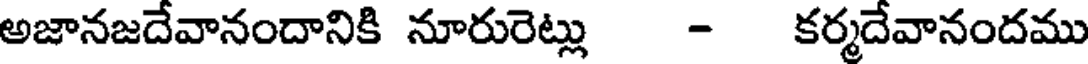
అజానజదేవానందానికి నూరురెట్లు - కర్మదేవానందము